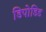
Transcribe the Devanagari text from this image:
डिपोडिड